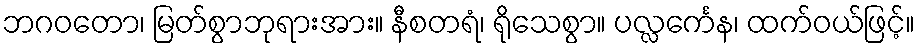
ဘဂဝတော၊ မြတ်စွာဘုရားအား။ နီစတရံ၊ ရိုသေစွာ။ ပလ္လင်္ကေန၊ ထက်ဝယ်ဖြင့်။